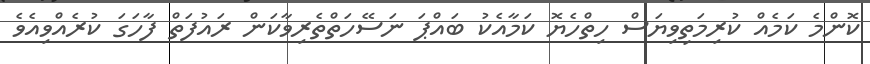
ކޮންމެ ކަމެއް ކުރިމަތިވިޔަސް ހިތްހެޔޮ ކަމާއެކު ބައްޕަ ނަސޭހަތްތެރިވާކަން ރައުފަތް ފާހަގަ ކުރެއްވިއެވެ